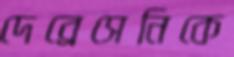
দেব্রেসেনিকে